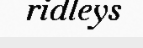
ridleys